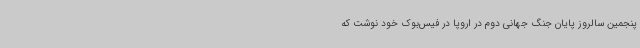
پنجمین سالروز پایان جنگ جهانی دوم در اروپا در فیس‌بوک خود نوشت که